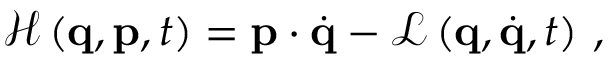
{ \mathcal { H } } \left( \mathbf { q } , \mathbf { p } , t \right) = \mathbf { p } \cdot { \dot { \mathbf { q } } } - { \mathcal { L } } \left( \mathbf { q } , { \dot { \mathbf { q } } } , t \right) \, ,